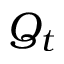
Q _ { t }